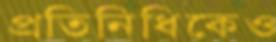
প্রতিনিধিকেও